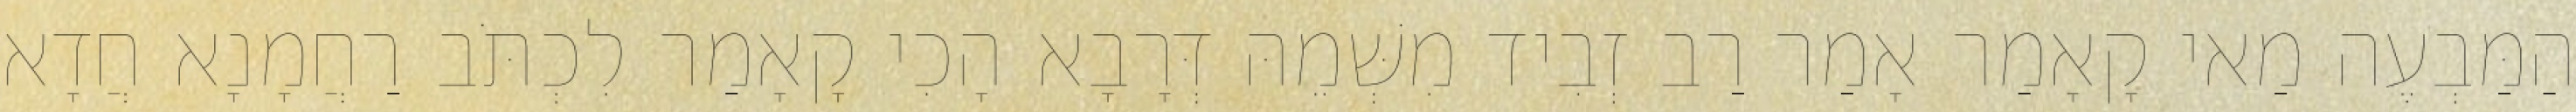
הַמַּבְעֶה מַאי קָאָמַר אָמַר רַב זְבִיד מִשְּׁמֵהּ דְּרָבָא הָכִי קָאָמַר לִכְתֹּב רַחֲמָנָא חֲדָא